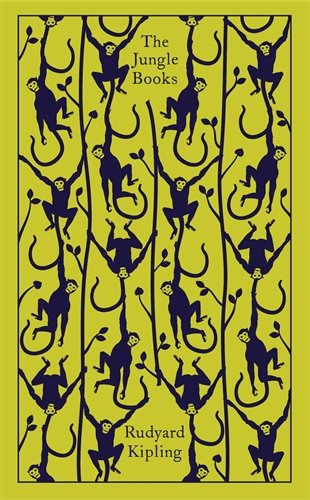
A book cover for The Jungle Books (Hardcover Classics); Rudyard Kipling; Literature & Fiction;